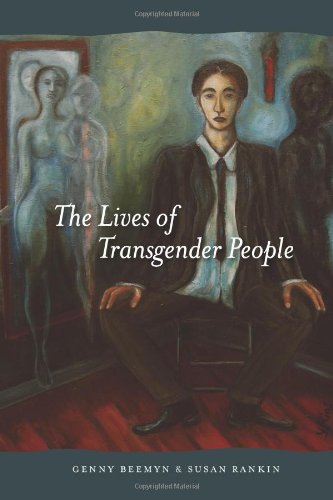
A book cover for The Lives of Transgender People; Genny Beemyn; Gay & Lesbian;